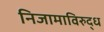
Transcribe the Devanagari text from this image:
निजामाविरुद्ध